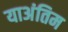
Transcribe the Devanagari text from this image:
याअंतिम